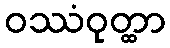
ဝဿံဝုတ္ထာ